Kohila_vallavalitsus, lk 12
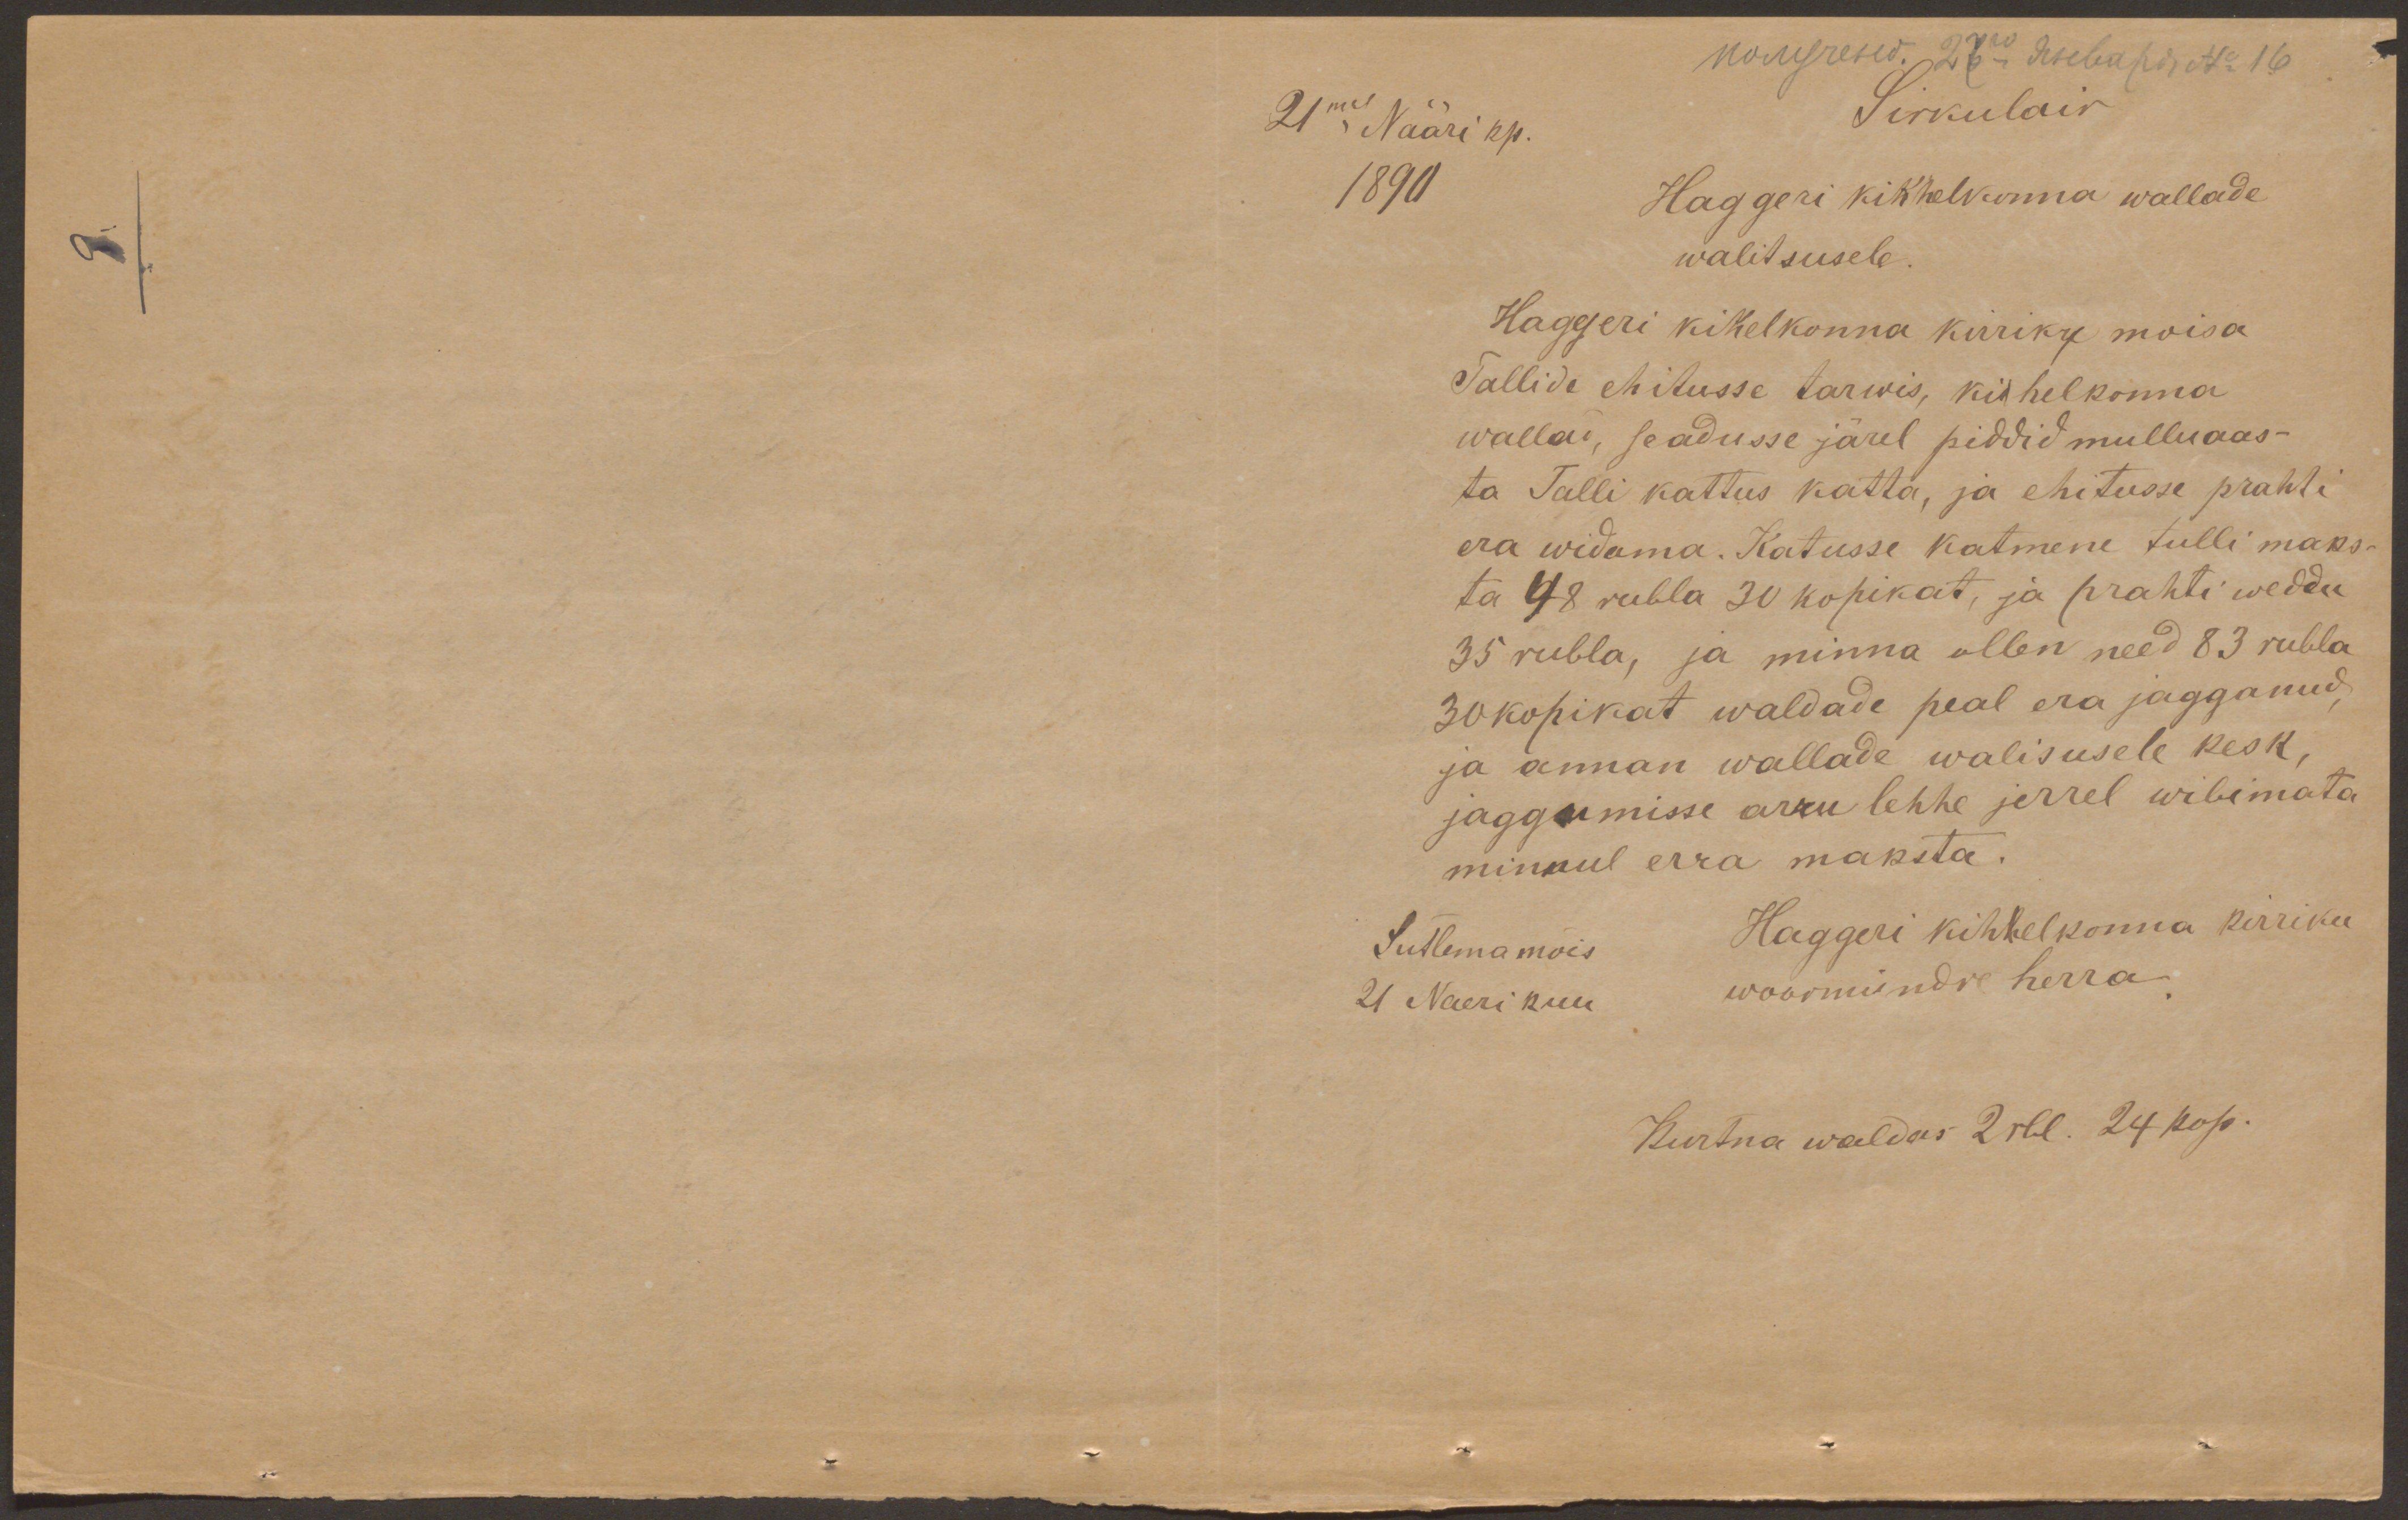
21mal Nääri kp.
Sirkulair
1890
Haggeri kikhelkonna wallade
walitsusele.
Haggeri kikelkonna kirriku moisa
Tallide ehitusse tarwis, kihelkonna
wallad, seadusse järel piddid mulluaas-
ta Talli kattus katta, ja ehitusse prahti
era widama. Katusse katmene tulli maks-
ta 48 rubla 30 kopikat, ja prahti weddu
35 rubla, ja minna ollen need 83 rubla
30 kopikat waldade peal era jagganud,
ja annan wallade walisusele kesk,
jaggumisse arru lehhe jerrel wibimata
minnul erra maksta.
Sutlema mois
Haggeri kihhelkonna kirriku
21 Naeri kuu
woormündre herra
Kurtna waldas 2 rbl. 24 kop.